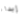
إبداء